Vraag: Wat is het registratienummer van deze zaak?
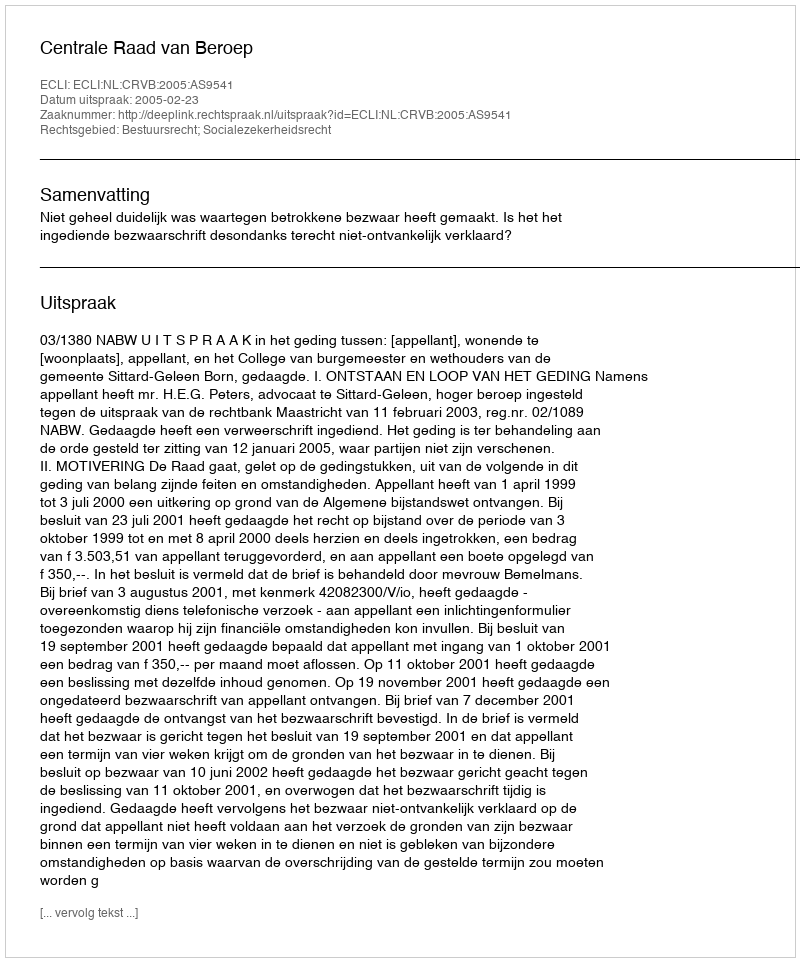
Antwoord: http://deeplink.rechtspraak.nl/uitspraak?id=ECLI:NL:CRVB:2005:AS9541